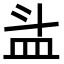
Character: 𥁇